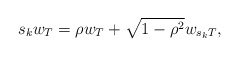
\begin{align*}s_kw_T=\rho w_T+\sqrt{1-\rho^2}w_{s_kT},\end{align*}